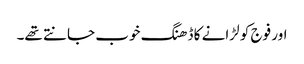
اور فوج کو لڑانے کا ڈھنگ خوب جانتے تھے۔